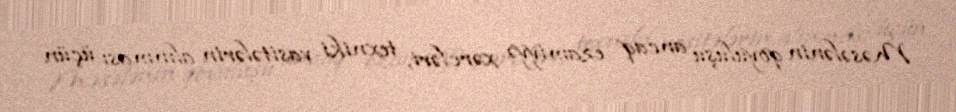
Məsələnin qoyuluşu ancaq ezamiyyə xərcləri, texniki vasitələrin alınması üçün